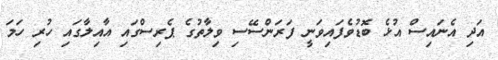
އަދި އެނައިސް އުޅެ ބޮޑުވެފައިވަނީ ފަރަންސޭސި ވިލާތުގެ ޕެރިސްގައި އާއިލާގައި ހުރި ހަމަ